Riigikantselei, lk 131
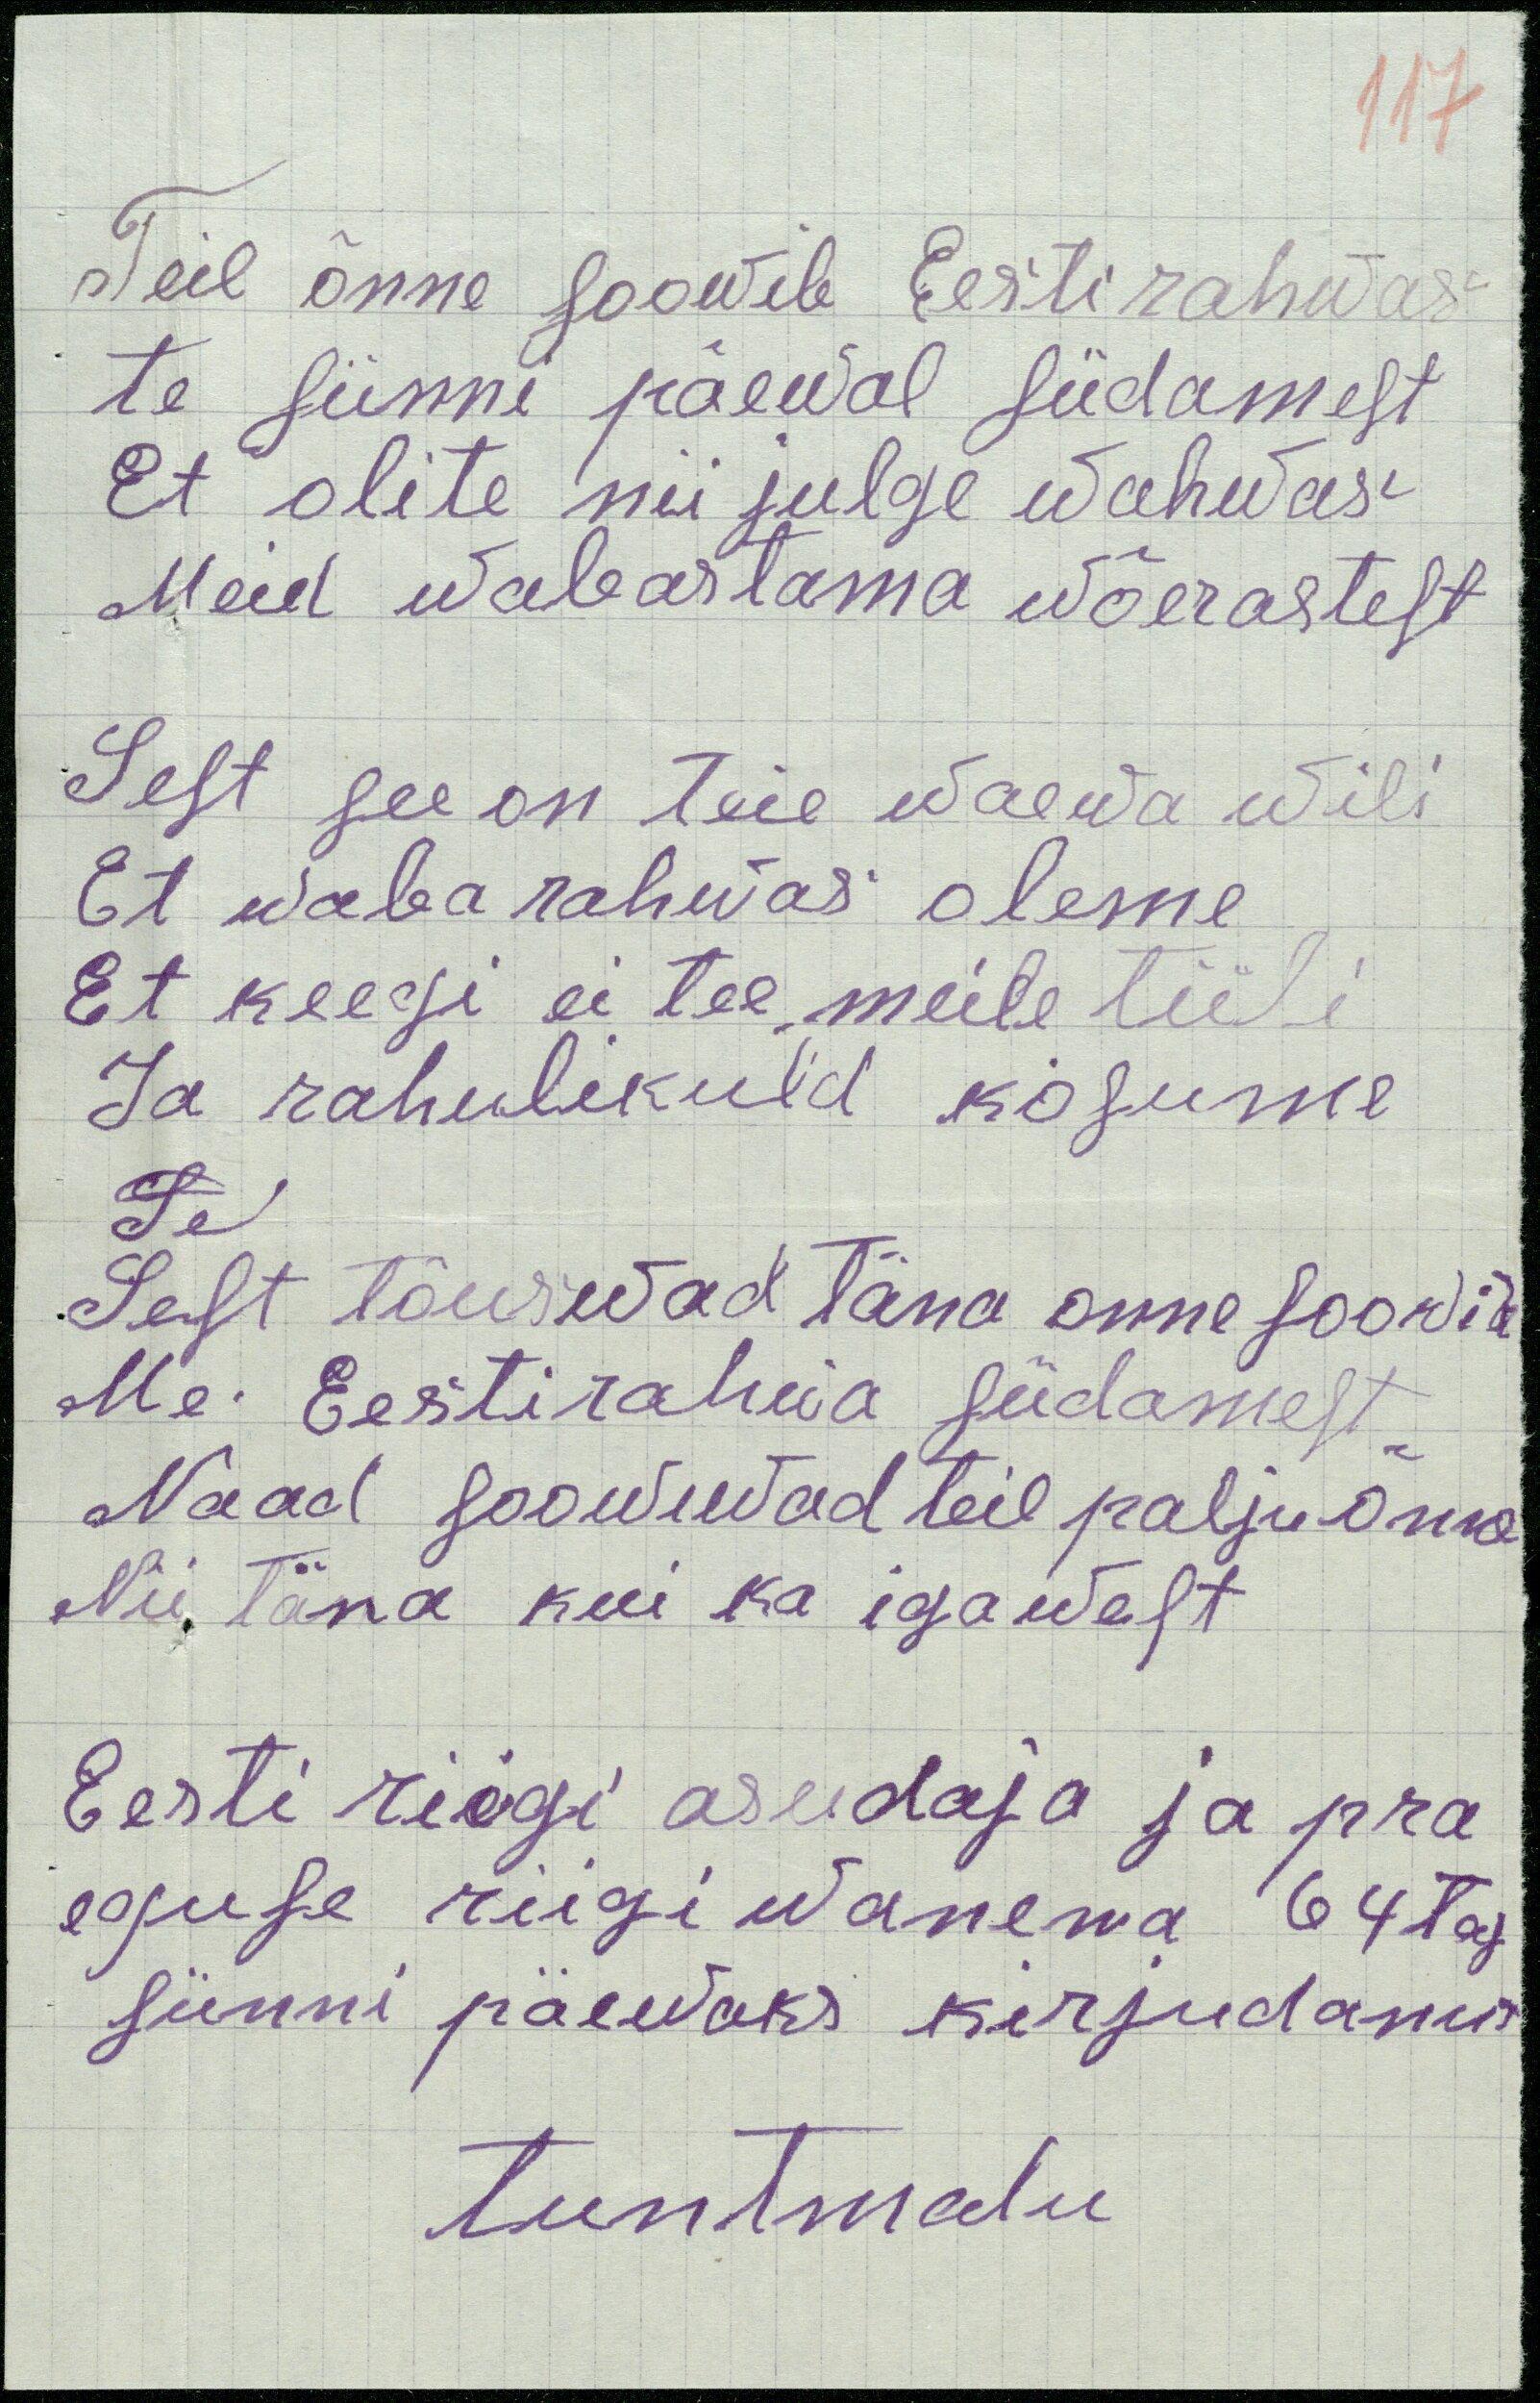
117
Teil õnne soowib Eesti rahwas
te sünni päewal südamest
Et olite nii julge wahwas
Meid wabastama wõerastest
Sest see on teie waewa wili
Et waba rahwas oleme
Et keegi ei tee meile tüli
ja rahulikikult kosume
Se
Sest tõuswad täna onne soowid
Me Eestirahwa südamest
Naad soowiwad teil palju õnne
Nii täna kui ka igawest
Eesti riigi asudaja ja pra
eguse riigiwanema 64tas
sünni päewaks kirjutanud
tuntmatu